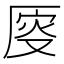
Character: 𠩹